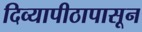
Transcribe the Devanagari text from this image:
दिव्यापीठापासून